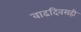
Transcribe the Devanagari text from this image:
वाढदिवसही